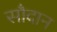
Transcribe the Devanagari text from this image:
सौदान